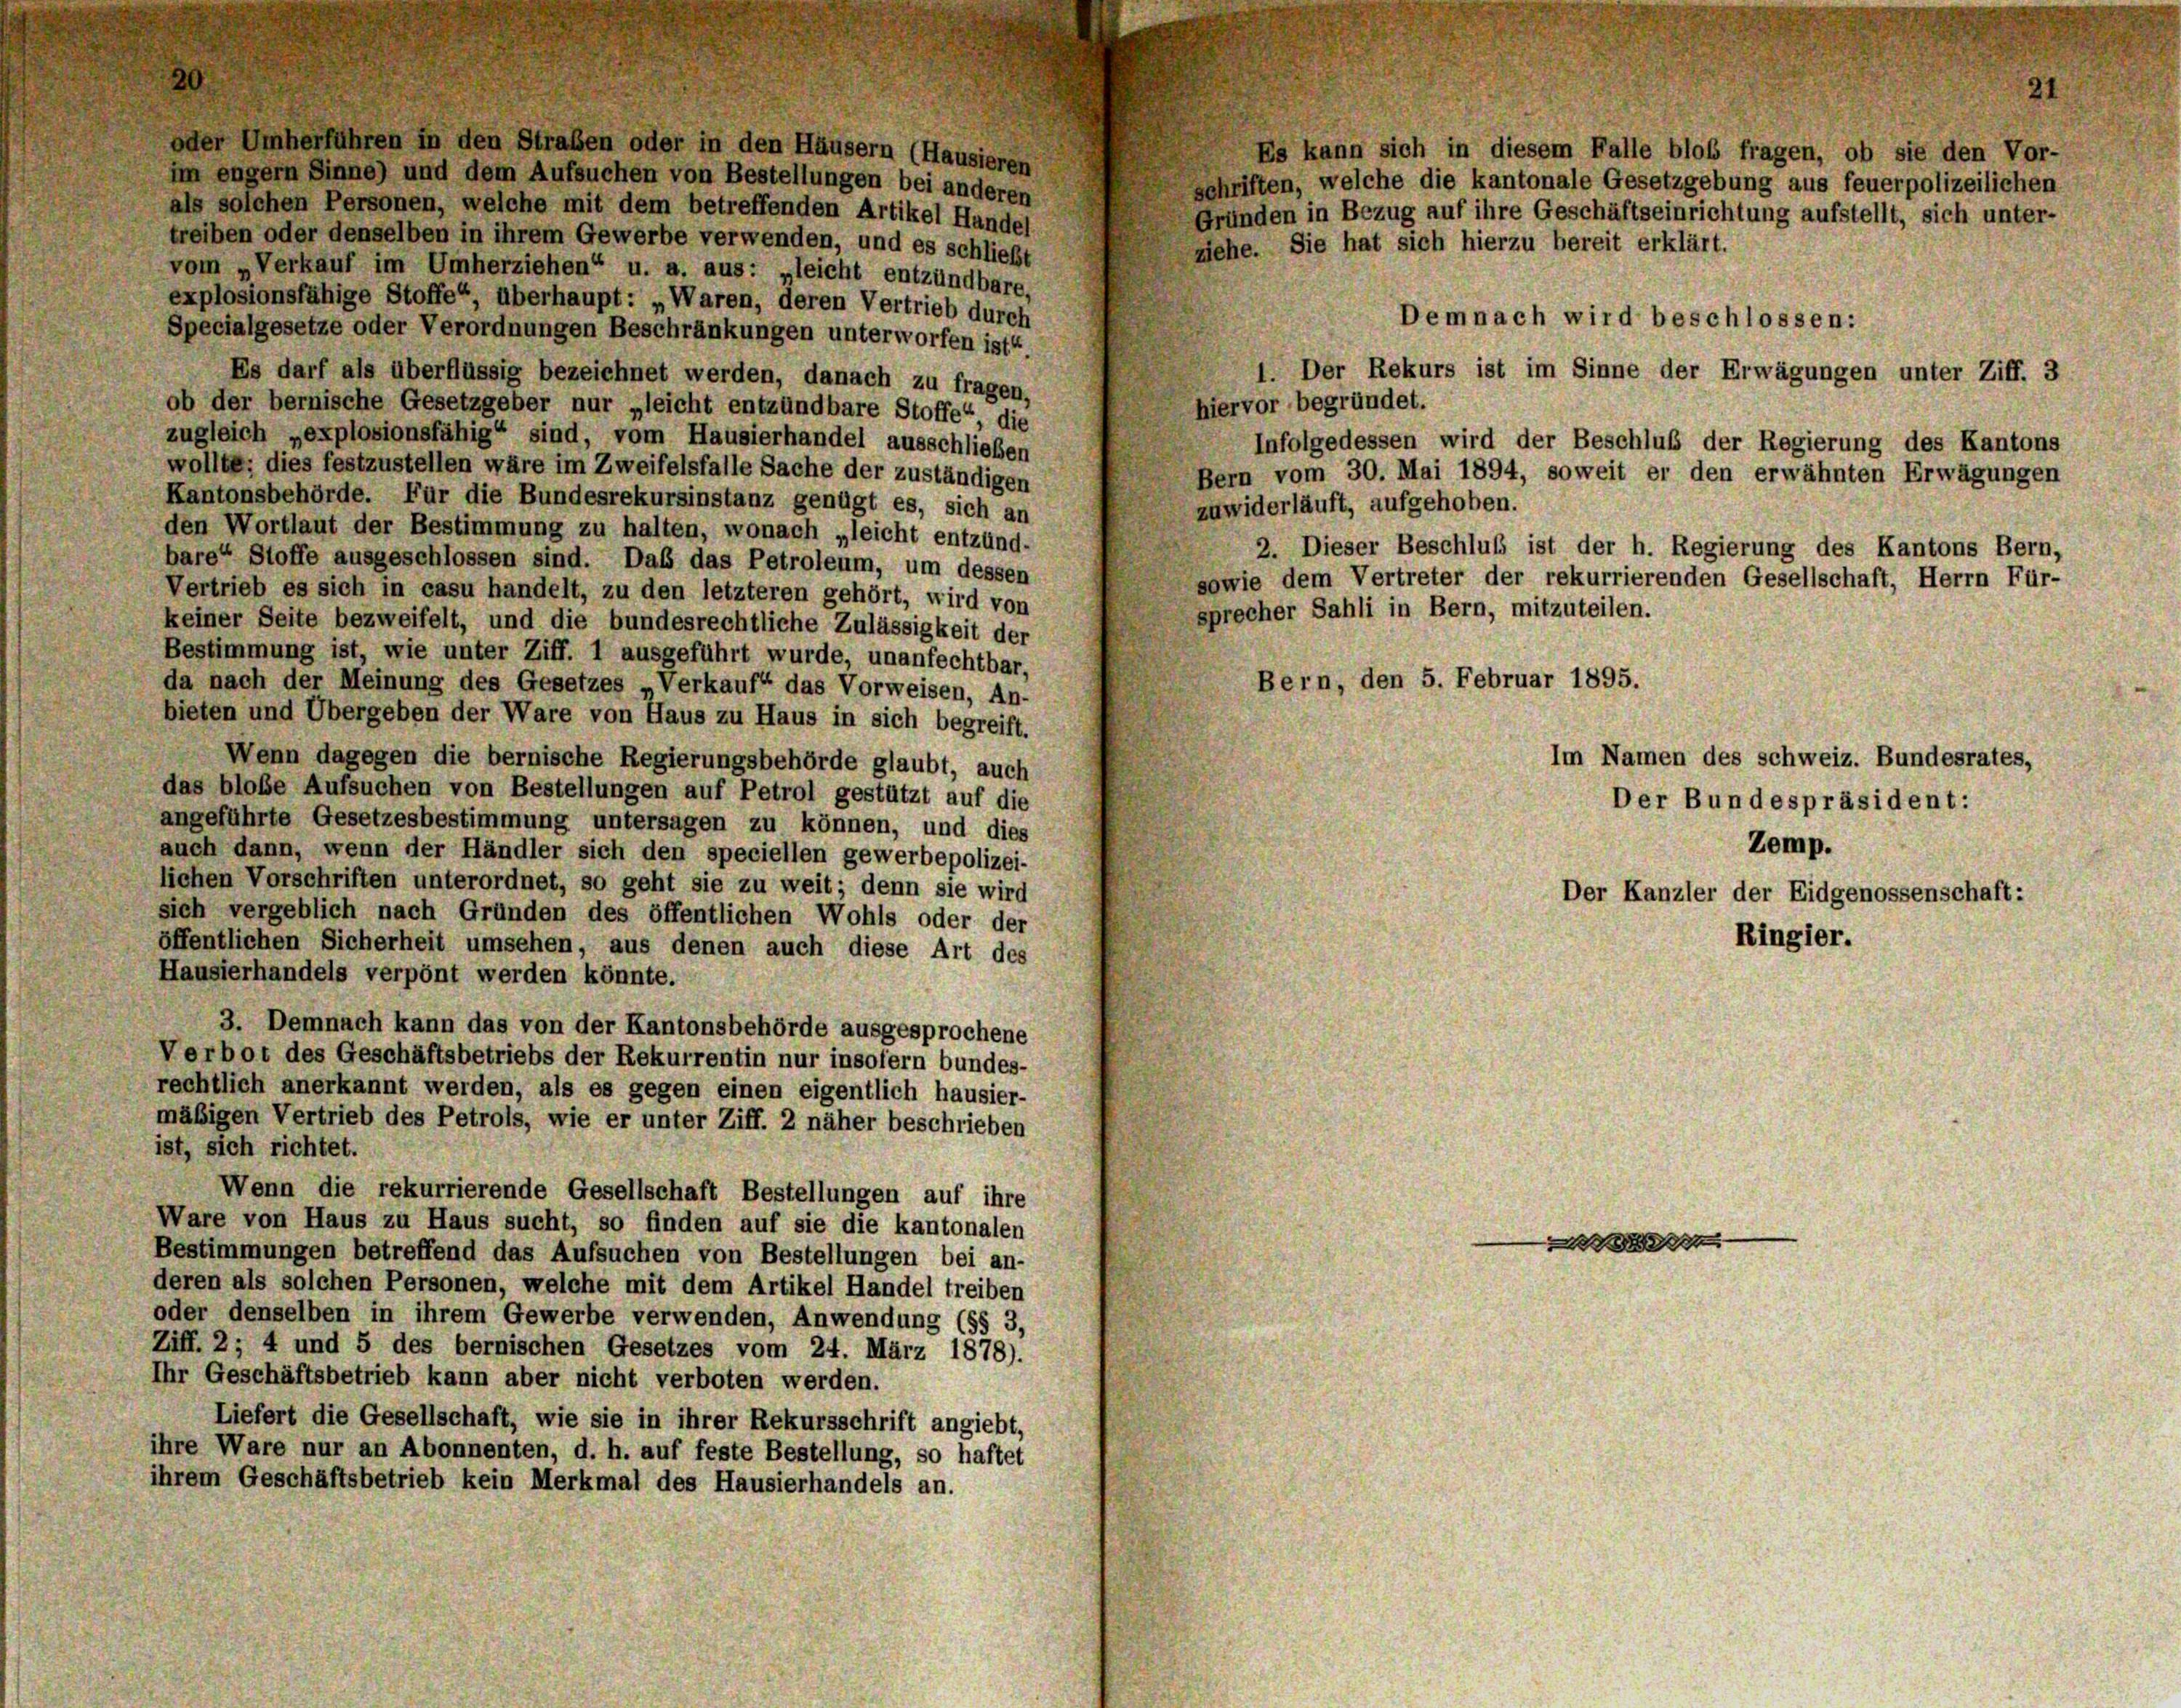
oder Umherführen in den Straßen oder in den Häusern (Hausieren
im engem Sinne) und dem Aufsuchen von Bestellungen bei anderen
schriften, welche die kantonale Gesetzgebung aus feuerpolizeilichen
als solchen Personen, welche mit dem betreffenden Artikel Handel
Gründen in Bezug auf ihre Geschäftseinrichtung aufstellt, sich unter-
treiben oder denselben in ihrem Gewerbe verwenden, und es schließt
gehe. Sie hat sich hierzu bereit erklärt.
vom „Verkauf im Umherziehen“ u. a. aus: „leicht entzündbare,
explosionsfähige Stoffe“ überhaupt: „Waren, deren Vertrieb durch
Specialgesetze oder Verordnungen Beschränkungen unterworfen ist“.
1. Der Rekurs ist im Sinne der Erwä¬
Es darf als überflüssig bezeichnet werden, danach zu fragen,
hiervor begründet.
ob der bernische Gesetzgeber nur „leicht entzündbare Stoffe“, die
zugleich „explosionsfähig“ sind, vom Hausierhandel ausschließen
Infolgedessen wird der Beschluß der Re
wollte; dies festzustellen wäre im Zweifelsfalle Sache der zuständigen
Bern vom 30. Mai 1894, soweit er den erwähnten Erwägungen
Kantonsbehörde. Für die Bundesrekursinstanz genügt es, sich an
zuwiderläuft, aufgehoben.
den Wortlaut der Bestimmung zu halten, wonach „leicht entzünd-
2. Dieser Beschluß ist der h. Regierung des Kantons Bern,
bare Stoffe ausgeschlossen sind. Das das Petroleum, um dessen
sowie dem Vertreter der rekurrierenden Gesellschaft, Herrn Für-
Vertrieb es sich in casu handelt, zu den letzteren gehört, wird von
sprecher Sahli in Bern, mitzuteilen.
keiner Seite bezweifelt, und die bundesrechtliche Zulässigkeit der
Bestimmung ist, wie unter Ziff. 1 ausgeführt wurde, unanfechtbar,
Bern, den 5. Februar 1895.
da nach der Meinung des Gesetzes „Verkauf“ das Vorweisen, An-
bieten und Übergeben der Ware von Haus zu Haus in sich begreift.
Wenn dagegen die bernische Regierungsbehörde glaubt, auch
das bloße Aufsuchen von Bestellungen auf Petrol gestützt auf die
angeführte Gesetzesbestimmung untersagen zu können, und dies
auch dann, wenn der Händler sich den speciellen gewerbepolizei-
lichen Vorschriften unterordnet, so geht sie zu weit; denn sie wird
sich vergeblich nach Gründen des öffentlichen Wohls oder der
öffentlichen Sicherheit umsehen, aus denen auch diese Art des
Hausierhandels verpönt werden könnte.
3. Demnach kann das von der Kantonsbehörde ausgesprochene
Verbot des Geschäftsbetriebs der Rekurrentin nur insofern bundes-
rechtlich anerkannt werden, als es gegen einen eigentlich hausier-
mäßigen Vertrieb des Petrols, wie er unter Ziff. 2 näher beschrieben
ist, sich richtet.
Wenn die rekurrierende Gesellschaft Bestellungen auf ihre
Ware von Haus zu Haus sucht, so finden auf sie die kantonalen
d
Bestimmungen betreffend das Aufsuchen von Bestellungen bei an-
deren als solchen Personen, welche mit dem Artikel Handel treiben
oder denselben in ihrem Gewerbe verwenden, Anwendung (§§ 3,
Ziff. 2; 4 und 5 des bernischen Gesetzes vom 24. März 1878).
Ihr Geschäftsbetrieb kann aber nicht verboten werden.
Liefert die Gesellschaft, wie sie in ihrer Rekursschrift angiebt,
ihre Ware nur an Abonnenten, d. h. auf feste Bestellung, so haftet
ihrem Geschäftsbetrieb kein Merkmal des Hausierhandels an.

Es kann sich in diesem Falle blob fragen, ob sie den Vor-

Demnach wird beschlossen:

Zemp.
Der Kanzler der Eidgenossenschaft:
Ringier.

Im Namen des schweiz. Bundesrates,
Der Bundespräsident:

gungen unter Ziff. 3
gierung des Kantons